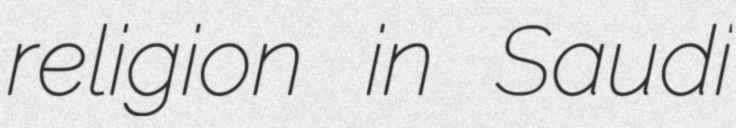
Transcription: religion in Saudi